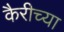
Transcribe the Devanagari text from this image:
कैरीच्या